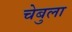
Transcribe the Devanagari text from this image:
चेबुला